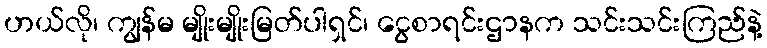
ဟယ်လို၊ ကျွန်မ မျိုးမျိုးမြတ်ပါရှင်၊ ငွေစာရင်းဌာနက သင်းသင်းကြည်နဲ့